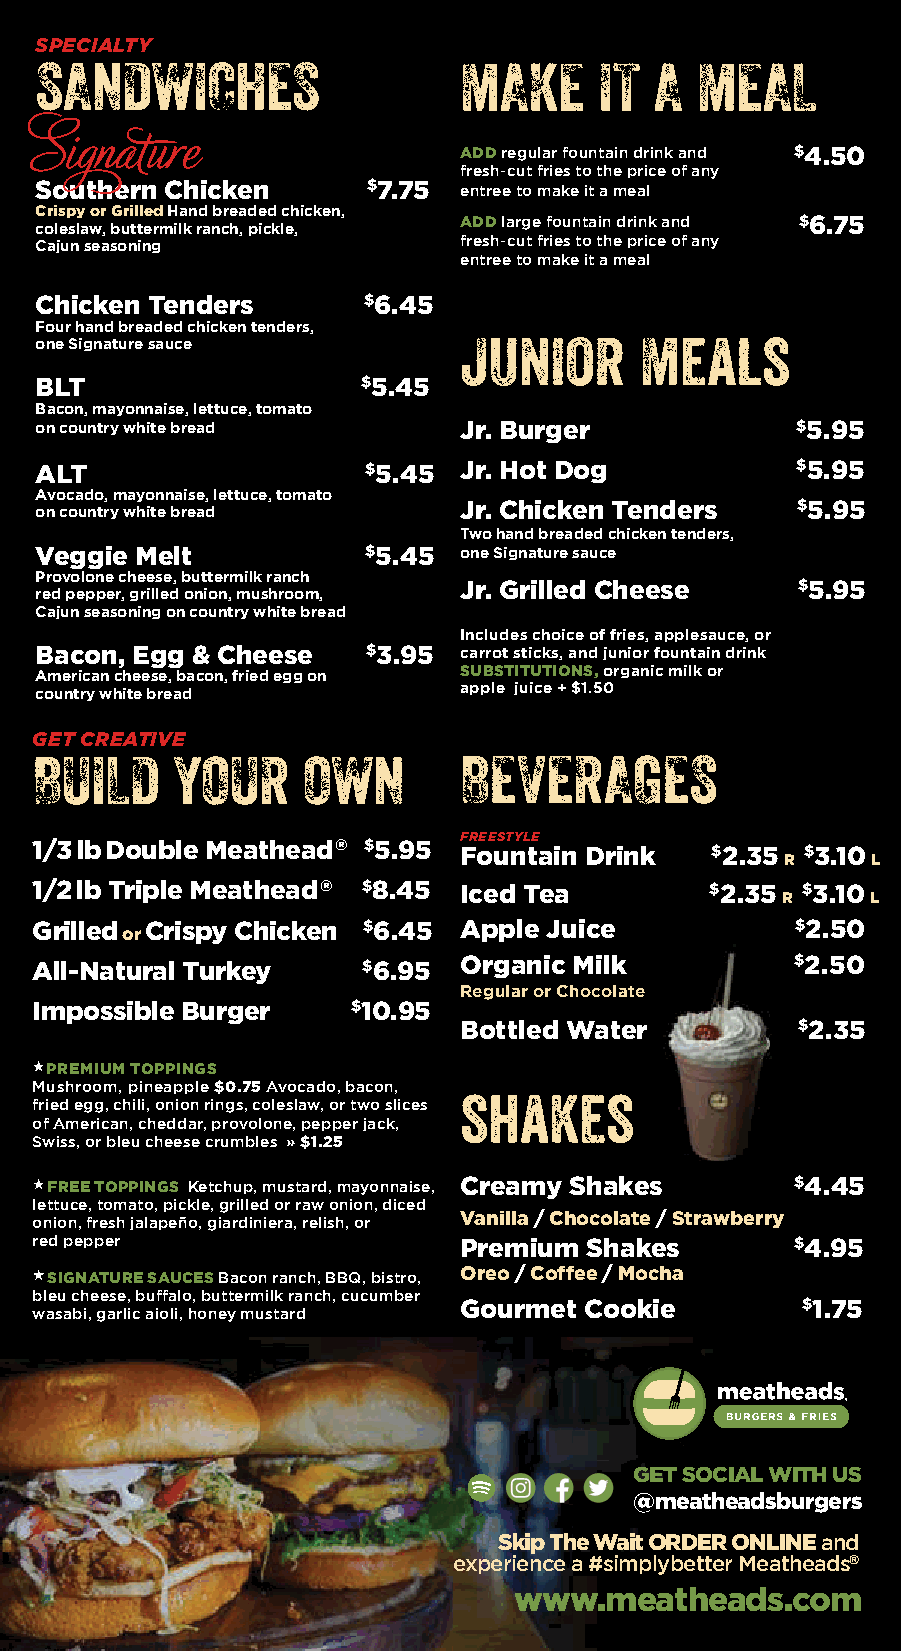
SPECIALTY
 SANDWICHES                  MAKE      IT A  MEAL
 ADD regular fountain drink and $4.50
 fresh-cut fries to the price of any
 Southern Chicken      $7.75 entree to make it a meal
 Crispy or Grilled Hand breaded chicken,
 coleslaw, buttermilk ranch, pickle,
 ADD large fountain drink and $6.75
 Cajun seasoning             fresh-cut fries to the price of any
 entree to make it a meal
 Chicken Tenders       $ 6.45
 Four hand breaded chicken tenders,
 one Signature sauce         Junior      Meals
 BLT                   $5.45
 Bacon, mayonnaise, lettuce, tomato
 on country white bread      Jr. Burger             $5.95
 ALT                   $ 5.45 Jr. Hot Dog           $5.95
 Avocado, mayonnaise, lettuce, tomato
 Jr. Chicken Tenders    $5.95
 on country white bread
 Two hand breaded chicken tenders,
 Veggie Melt           $ 5.45 one Signature sauce
 Provolone cheese, buttermilk ranch
 Jr. Grilled Cheese     $5.95
 red pepper, grilled onion, mushroom,
 Cajun seasoning on country white bread
 Includes choice of fries, applesauce, or
 Bacon, Egg & Cheese   $ 3.95 carrot sticks, and junior fountain drink
 American cheese, bacon, fried egg on SUBSTITUTIONS, organic milk or
 country white bread         apple juice + $1.50
 GET CREATIVE
 BUILD    YOUR     OWN       BEVERAGES
 FREESTYLE
 1/3 lbDouble Meathead® $ 5.95 Fountain Drink $2.35 $3.10
 R     L
 1/2 lb Triple Meathead® $8.45 Iced Tea       $2.35 $3.10
 R     L
 Grilled Crispy Chicken $6.45 Apple Juice           $2.50
 or
 All-Natural Turkey    $6.95 Organic Milk           $2.50
 Regular or Chocolate
 Impossible Burger    $10.95
 Bottled Water          $2.35
 PREMIUM TOPPINGS
 Mushroom, pineapple $0.75 Avocado, bacon,
 fried egg, chili, onion rings, coleslaw, or two slices shakes
 of American, cheddar, provolone, pepper jack,
 Swiss, or bleu cheese crumbles » $1.25
 FREE TOPPINGS Ketchup, mustard, mayonnaise, Creamy Shakes $4.45
 lettuce, tomato, pickle, grilled or raw onion, diced
 Vanilla / Chocolate / Strawberry
 onion, fresh jalapeño, giardiniera, relish, or
 red pepper                  Premium  Shakes       $4.95
 SIGNATURE SAUCES Bacon ranch, BBQ, bistro, Oreo / Coffee / Mocha
 bleu cheese, buffalo, buttermilk ranch, cucumber
 Gourmet  Cookie        $1.75
 wasabi, garlic aioli, honey mustard
 GET SOCIAL WITH US
 @meatheadsburgers
 S kip The Wait ORDER ONLINE and
 experience a #simplybetter Meatheads®
 www.meatheads.com